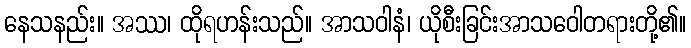
နေသနည်း။ အဿ၊ ထိုရဟန်းသည်။ အာသဝါနံ၊ ယိုစီးခြင်းအာသဝေါတရားတို့၏။